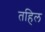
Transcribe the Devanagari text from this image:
तहिल